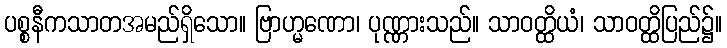
ပစ္စနီကသာတအမည်ရှိသော။ ဗြာဟ္မဏော၊ ပုဏ္ဏားသည်။ သာဝတ္ထိယံ၊ သာဝတ္ထိပြည်၌။